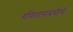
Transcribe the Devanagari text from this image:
गणितासंबंधीचे